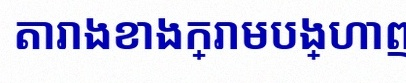
តារាងខាងក្រោមបង្ហាញពីទិន្នន័យ